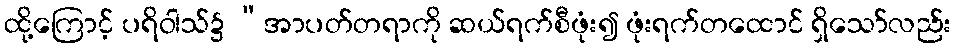
ထို့ကြောင့် ပရိဝါသ်၌ “အာပတ်တရာကို ဆယ်ရက်စီဖုံး၍ ဖုံးရက်တထောင် ရှိသော်လည်း